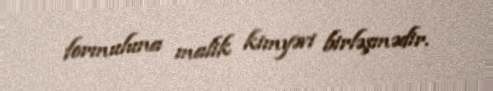
formuluna malik kimyəvi birləşmədir.